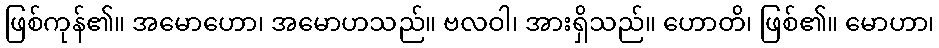
ဖြစ်ကုန်၏။ အမောဟော၊ အမောဟသည်။ ဗလဝါ၊ အားရှိသည်။ ဟောတိ၊ ဖြစ်၏။ မောဟာ၊